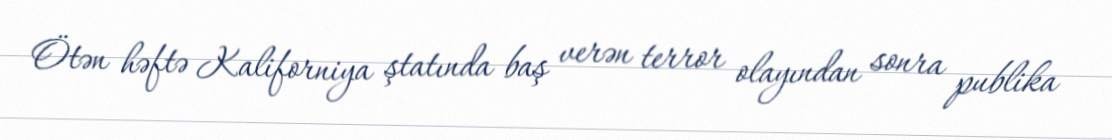
Ötən həftə Kaliforniya ştatında baş verən terror olayından sonra publika